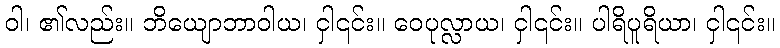
ဝါ၊ ၏လည်း။ ဘိယျောဘာဝါယ၊ ငှါ၎င်း။ ဝေပုလ္လာယ၊ ငှါ၎င်း။ ပါရိပူရိယာ၊ ငှါ၎င်း။